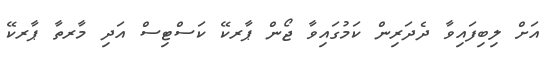
އަށް ލިބިފައިވާ ދެދަރިން ކަމުގައިވާ ޖޯން ޕާރކޭ ކަސްޓިސް އަދި މާރތާ ޕާރކޭ